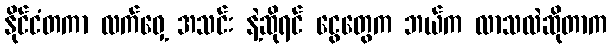
နိုင်ငံတကာ လက်ဝှေ့ အသင်း နဲ့ဆိုရင် ငွေတွေက ဘယ်က လာသလဲဆိုတာက